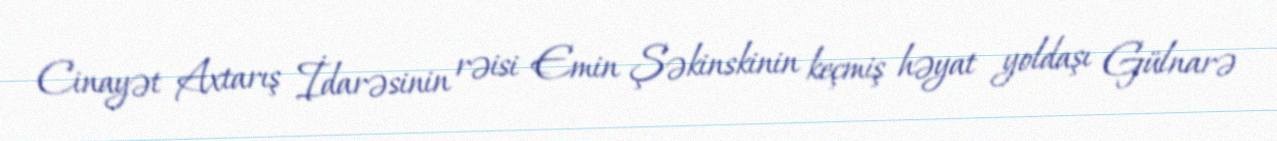
Cinayət Axtarış İdarəsinin rəisi Emin Şəkinskinin keçmiş həyat yoldaşı Gülnarə